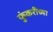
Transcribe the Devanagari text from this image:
फुंकरीच्या